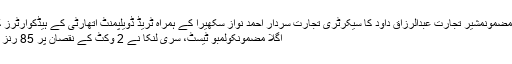
گزشتہ مضمونمشیر تجارت عبدالرزاق داود کا سیکرٹری تجارت سردار احمد نواز سکھیرا کے ہمراہ ٹریڈ ڈویلپمنٹ اتھارٹی کے ہیڈکوارٹرز کا دورہ
اگلا مضمونکولمبو ٹیسٹ، سری لنکا نے 2 وکٹ کے نقصان پر 85 رنز بنا لئے